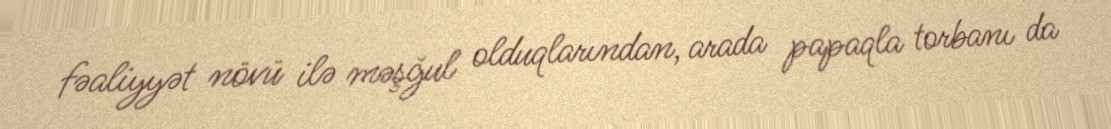
fəaliyyət növü ilə məşğul olduqlarından, arada papaqla torbanı da